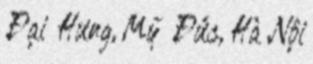
Đại Hưng, Mỹ Đức, Hà Nội